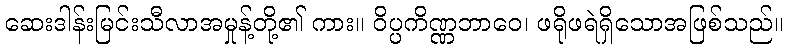
ဆေးဒါန်းမြင်းသီလာအမှုန့်တို့၏ ကား။ ဝိပ္ပကိဏ္ဏဘာဝေ၊ ဖရိုဖရဲရှိသောအဖြစ်သည်။